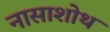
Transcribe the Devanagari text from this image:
नासाशोथ